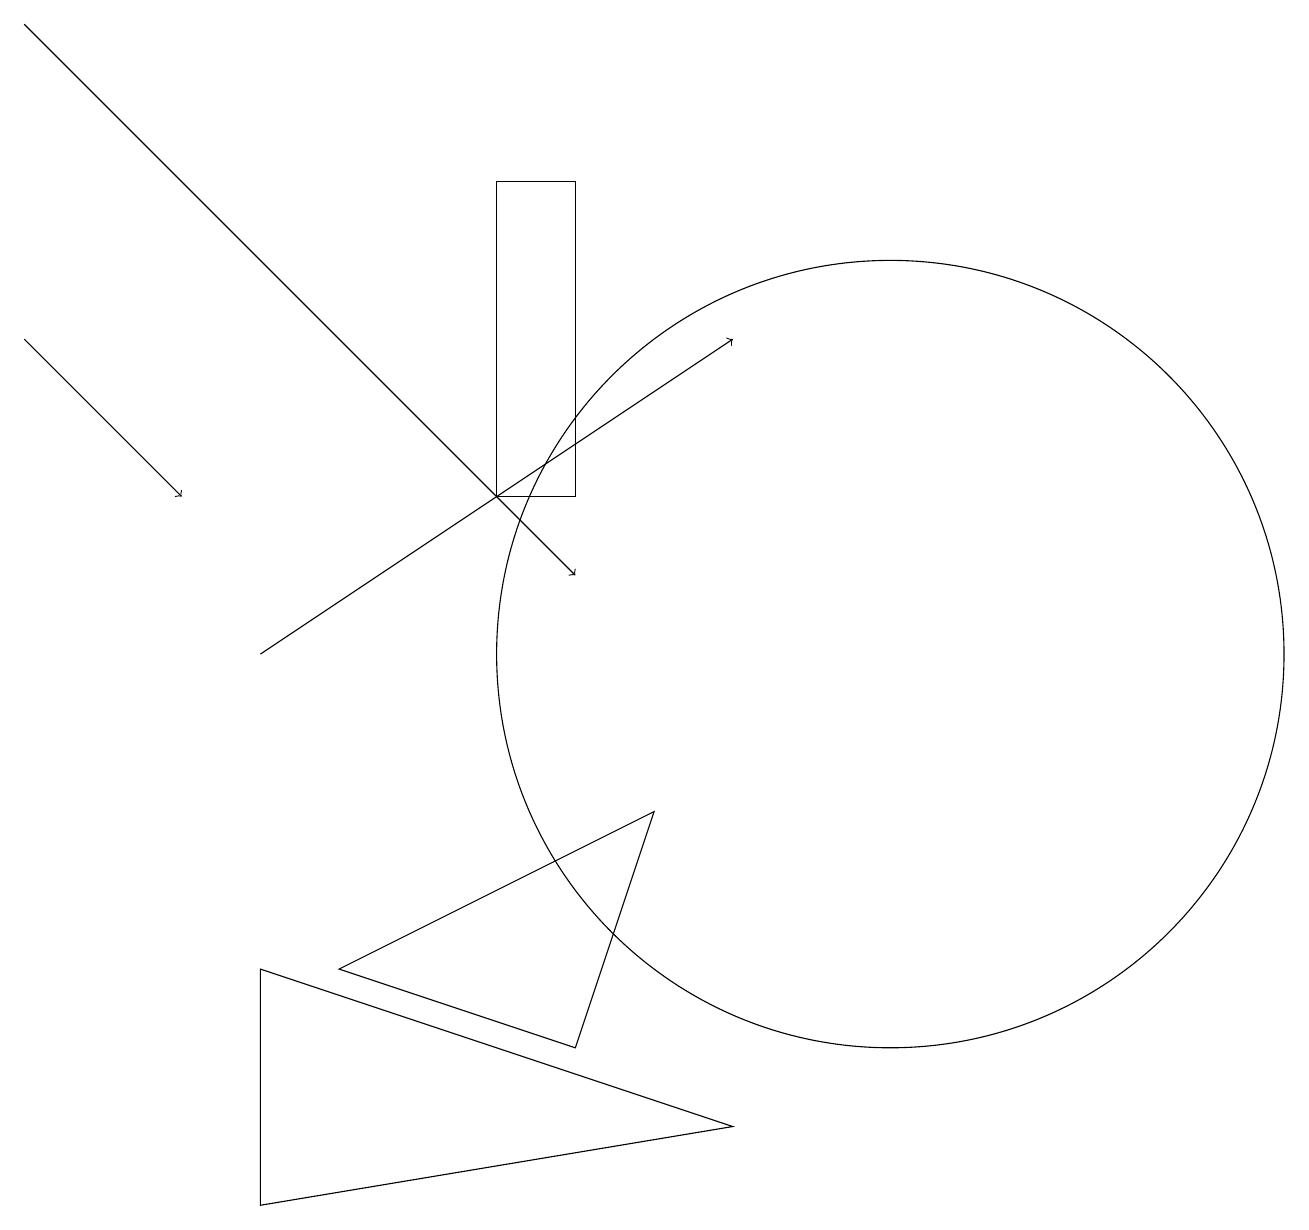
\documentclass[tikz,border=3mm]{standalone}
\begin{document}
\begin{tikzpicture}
\draw (3,4) -- (3,7) -- (9,5) -- cycle;
\draw[->] (0,15) -- (2,13);
\draw[->] (3,11) -- (9,15);
\draw (11,11) circle (5);
\draw (6,17) rectangle (7,13);
\draw[->] (0,19) -- (7,12);
\draw (5,19) rectangle (5,19);
\draw (8,9) -- (7,6) -- (4,7) -- cycle;
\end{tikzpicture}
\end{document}